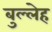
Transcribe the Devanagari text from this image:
बुल्लेह